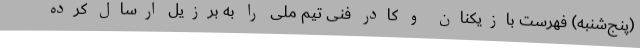
(پنج‌شنبه) فهرست بازیکنان و کادر فنی تیم ملی را به برزیل ارسال کرده